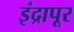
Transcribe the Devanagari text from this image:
इंद्रापूर